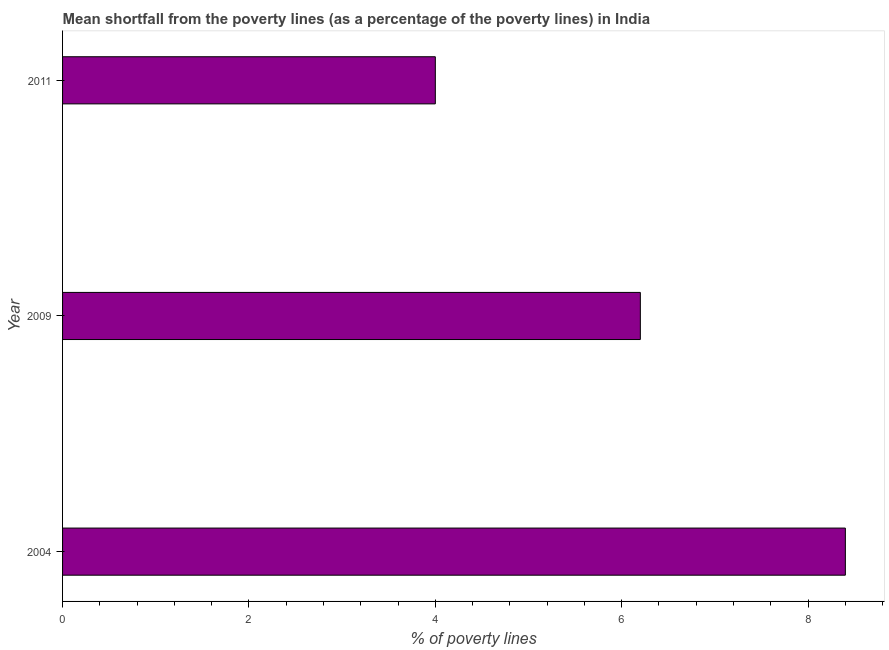
| Year | Poverty gap at national poverty lines |
 | --- | --- |
 | 2004 | 8.4 |
 | 2009 | 6.2 |
 | 2011 | 4 |